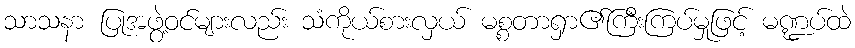
သာသနာ ပြုအဖွဲ့ဝင်များလည်း သံကိုယ်စားလှယ် မစ္စတာရှာ၏ကြီးကြပ်မှုဖြင့် မဏ္ဍပ်ထဲ